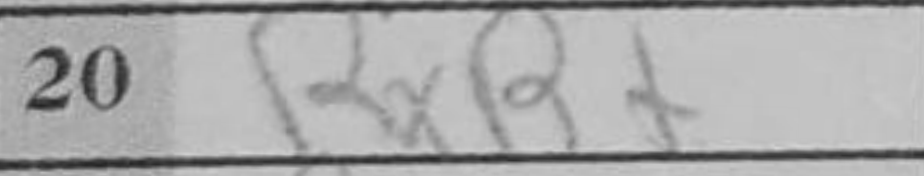
Transcription: RxB+